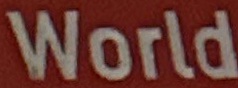
World